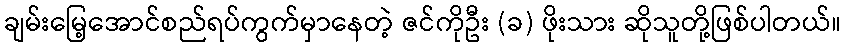
ချမ်းမြေ့အောင်စည်ရပ်ကွက်မှာနေတဲ့ ဇင်ကိုဦး (ခ) ဖိုးသား ဆိုသူတို့ဖြစ်ပါတယ်။